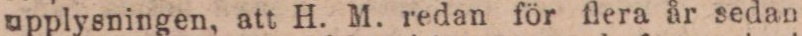
upplysningen, att H. M. redan för flera år sedan